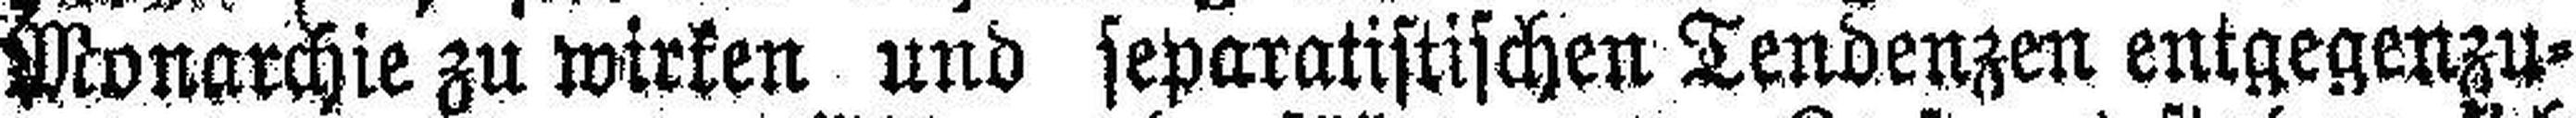
Monarchie zu wirken und separatistischen Tendenzen entgegenzu¬